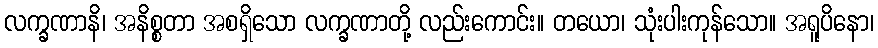
လက္ခဏာနိ၊ အနိစ္စတာ အစရှိသော လက္ခဏာတို့ လည်းကောင်း။ တယော၊ သုံးပါးကုန်သော။ အရူပိနော၊